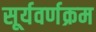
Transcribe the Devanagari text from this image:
सूर्यवर्णक्रम